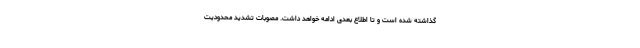
گذاشته شده است و تا اطلاع بعدی ادامه خواهد داشت. مصوبات تشدید محدودیت